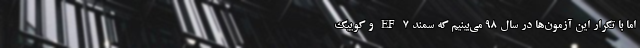
اما با تکرار این آزمون‌ها در سال ۹۸ می‌بینیم که سمند EF ۷ و کوییک